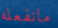
مانفعله